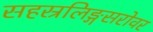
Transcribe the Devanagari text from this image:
सहस्रलिङ्गसरोवर